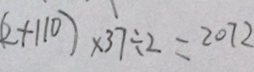
( 2 + 1 1 0 ) \times 3 7 \div 2 = 2 0 7 2